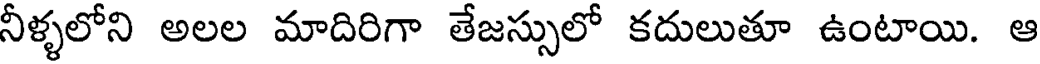
నీళ్ళలోని అలల మాదిరిగా తేజస్సులో కదులుతూ ఉంటాయి. ఆ